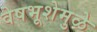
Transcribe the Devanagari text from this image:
वेषभूशेमुळे